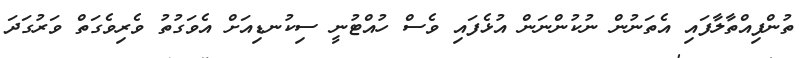
ތުންފިއްތާލާފައި އެތަނުން ނުކުންނަން އުޅެފައި ވެސް ހުއްޓުނީ ސިކުނޑިއަށް އެވަގުތު ވެރިވެގަތް ވަރުގަދަ